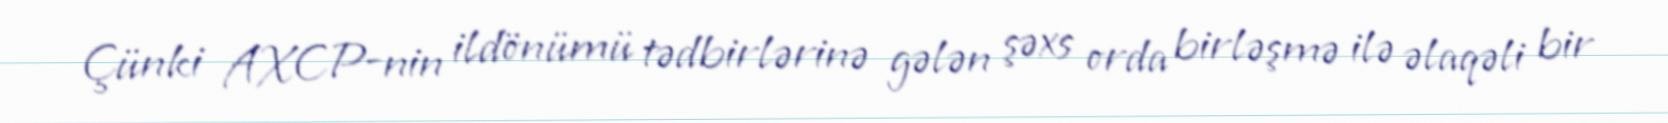
Çünki AXCP-nin ildönümü tədbirlərinə gələn şəxs orda birləşmə ilə əlaqəli bir